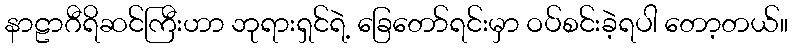
နာဠာဂီရိဆင်ကြီးဟာ ဘုရားရှင်ရဲ့ ခြေတော်ရင်းမှာ ဝပ်စင်းခဲ့ရပါ တော့တယ်။